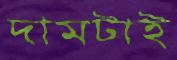
দামটাই